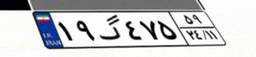
۱۹گ۴۷۵۵۹